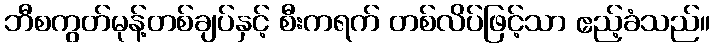
ဘီစကွတ်မုန့်တစ်ချပ်နှင့် စီးကရက် တစ်လိပ်ဖြင့်သာ ဧည့်ခံသည်။